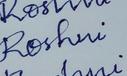
Signature authenticity: forged